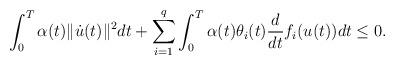
LaTeX: \begin{align*} \int_0^T \alpha (t)\| \dot u(t)\|^2 dt + \sum_{i=1}^{q} \int_0^T \alpha (t) \theta_{i}(t) \frac{d}{dt} f_i (u(t)) dt \leq 0.\end{align*}